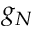
g _ { N }